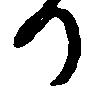
か